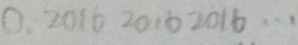
0 . 2 0 1 6 2 0 1 6 2 0 1 6 \cdots